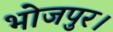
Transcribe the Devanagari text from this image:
भोजपुर।